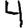
Digit: 4